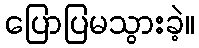
ပြောပြမသွားခဲ့။